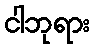
ငါဘုရား